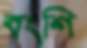
বংশি